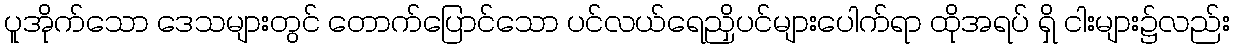
ပူအိုက်သော ဒေသများတွင် တောက်ပြောင်သော ပင်လယ်ရေညှိပင်များပေါက်ရာ ထိုအရပ် ရှိ ငါးများ၌လည်း